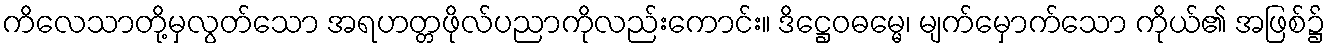
ကိလေသာတို့မှလွတ်သော အရဟတ္တဖိုလ်ပညာကိုလည်းကောင်း။ ဒိဋ္ဌေဝဓမ္မေ၊ မျက်မှောက်သော ကိုယ်၏ အဖြစ်၌